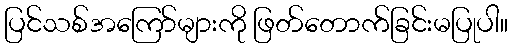
ပြင်သစ်အကြော်များကို ဖြတ်တောက်ခြင်းမပြုပါ။